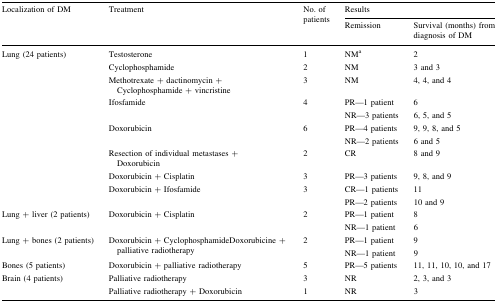
<table><thead><tr><td rowspan="2"><b>Localization of DM</b></td><td rowspan="2"><b>Treatment</b></td><td rowspan="2"><b>No. of patients</b></td><td colspan="2"><b>Results</b></td></tr><tr><td><b>Remission</b></td><td><b>Survival (months) from diagnosis of DM</b></td></tr></thead><tbody><tr><td rowspan="8">Lung (24 patients)</td><td>Testosterone</td><td>1</td><td>NM<sup>a</sup></td><td>2</td></tr><tr><td>Cyclophosphamide</td><td>2</td><td>NM</td><td>3 and 3</td></tr><tr><td>Methotrexate + dactinomycin + Cyclophosphamide + vincristine</td><td>3</td><td>NM</td><td>4, 4, and 4</td></tr><tr><td>Ifosfamide</td><td>4</td><td>PR—1 patientNR—3 patients</td><td>66, 5, and 5</td></tr><tr><td>Doxorubicin</td><td>6</td><td>PR—4 patientsNR—2 patients</td><td>9, 9, 8, and 56 and 5</td></tr><tr><td>Resection of individual metastases + Doxorubicin</td><td>2</td><td>CR</td><td>8 and 9</td></tr><tr><td>Doxorubicin + Cisplatin</td><td>3</td><td>PR—3 patients</td><td>9, 8, and 9</td></tr><tr><td>Doxorubicin + Ifosfamide</td><td>3</td><td>CR—1 patientsPR—2 patients</td><td>1110 and 9</td></tr><tr><td>Lung + liver (2 patients)</td><td>Doxorubicin + Cisplatin</td><td>2</td><td>PR—1 patientNR—1 patient</td><td>86</td></tr><tr><td>Lung + bones (2 patients)</td><td>Doxorubicin + CyclophosphamideDoxorubicine + palliative radiotherapy</td><td>2</td><td>PR—1 patientNR—1 patient</td><td>99</td></tr><tr><td>Bones (5 patients)</td><td>Doxorubicin + palliative radiotherapy</td><td>5</td><td>PR—5 patients</td><td>11, 11, 10, 10, and 17</td></tr><tr><td>Brain (4 patients)</td><td>Palliative radiotherapyPalliative radiotherapy + Doxorubicin</td><td>31</td><td>NRNR</td><td>2, 3, and 33</td></tr></tbody></table>